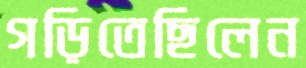
গড়িতেছিলেন